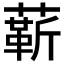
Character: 龩